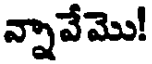
న్నావేమొ!